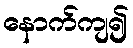
နောက်ကျ၍